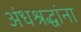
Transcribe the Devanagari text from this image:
अंधश्रद्धांना